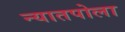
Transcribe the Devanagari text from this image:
न्यातपोला